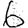
Digit: 6